Annual administration report of the Civil Veterinary Department of India - 1898-1899
Year: 1898
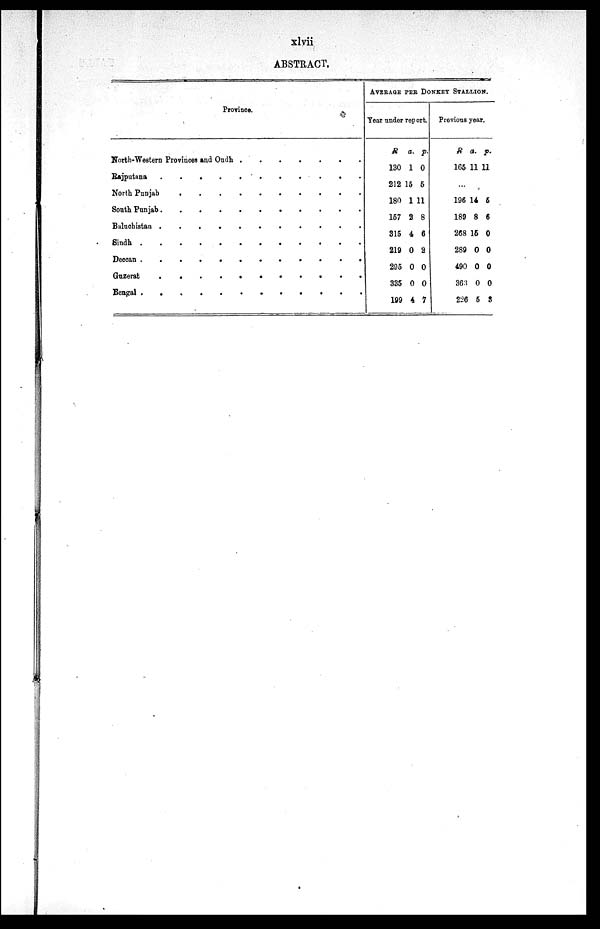
xlvii
ABSTRACT.
Province.
North-Western Provinces and Oudh
.
.
.
.
.
.
.
Rajputana . . . . . . . . . . . .
North Punjab . . . . . . . . . . . .
South Punjab . . . . . . . . . . . .
Baluchistan . . . . . . . . . . . .
Sindh . . . . . . . . . . . .
Deccan . . . . . . . . . . . .
Guzerat . . . . . . . . . . . .
Bengal . . . . . . . . . . . .
AVERAGE PER DONKEY STALLION.
Year under report.
R
130
212
180
157
315
219
295
335
199
a.
1
15
1
2
4
0
0
0
4
p.
0
5
11
8
6
2
0
0
7
Previous year.
R
165
a.
11
p.
11
...
196
189
268
289
490
363
226
14
8
15
0
0
0
5
5
6
0
0
0
0
3